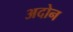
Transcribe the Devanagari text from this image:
अदोन